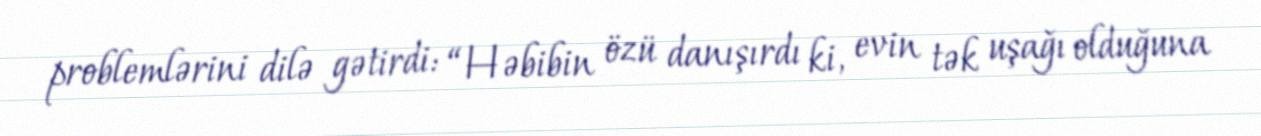
problemlərini dilə gətirdi: “Həbibin özü danışırdı ki, evin tək uşağı olduğuna